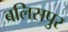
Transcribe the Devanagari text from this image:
बलिसपुर